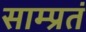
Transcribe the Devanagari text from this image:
साम्प्रतं